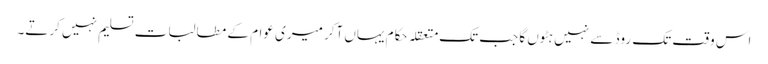
اس وقت تک روڈ سے نہیں ہٹوں گا جب تک متعقلہ حکام یہاں آکر میری عوام کے مطالبات تسلیم نہیں کرتے۔